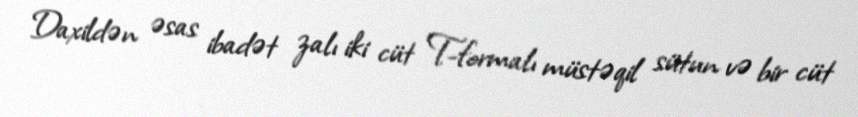
Daxildən əsas ibadət zalı iki cüt T-formalı müstəqil sütun və bir cüt